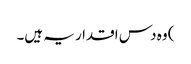
) وہ دس اقدار یہ ہیں۔